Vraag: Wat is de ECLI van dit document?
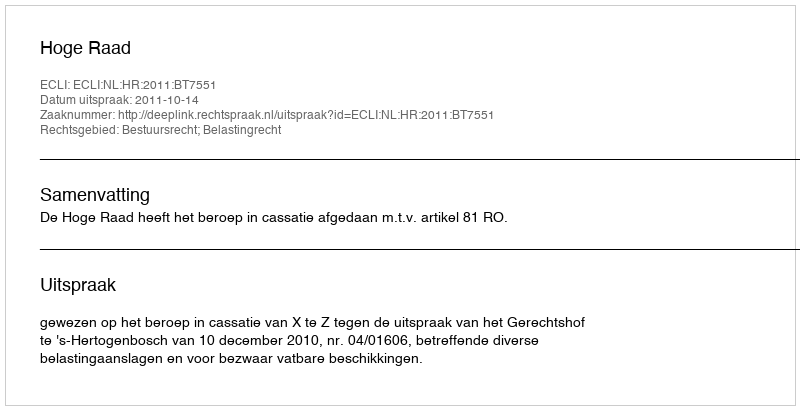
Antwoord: ECLI:NL:HR:2011:BT7551